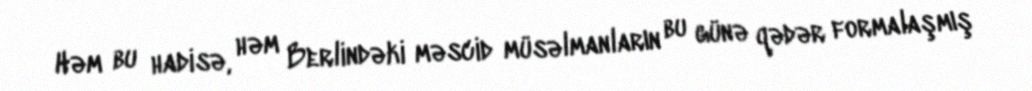
Həm bu hadisə, həm Berlindəki məscid müsəlmanların bu günə qədər formalaşmış